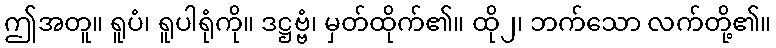
ဤအတူ။ ရူပံ၊ ရူပါရုံကို။ ဒဋ္ဌဗ္ဗံ၊ မှတ်ထိုက်၏။ ထို၂၊ ဘက်သော လက်တို့၏။